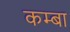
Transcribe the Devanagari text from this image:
कम्बा